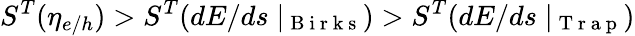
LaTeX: S^{T}(\eta_{e/h})>S^{T}(dE/ds\mid_{\mathrm{~B~i~r~k~s~}})>S^{T}(dE/ds\mid_{\mathrm{~T~r~a~p~}})